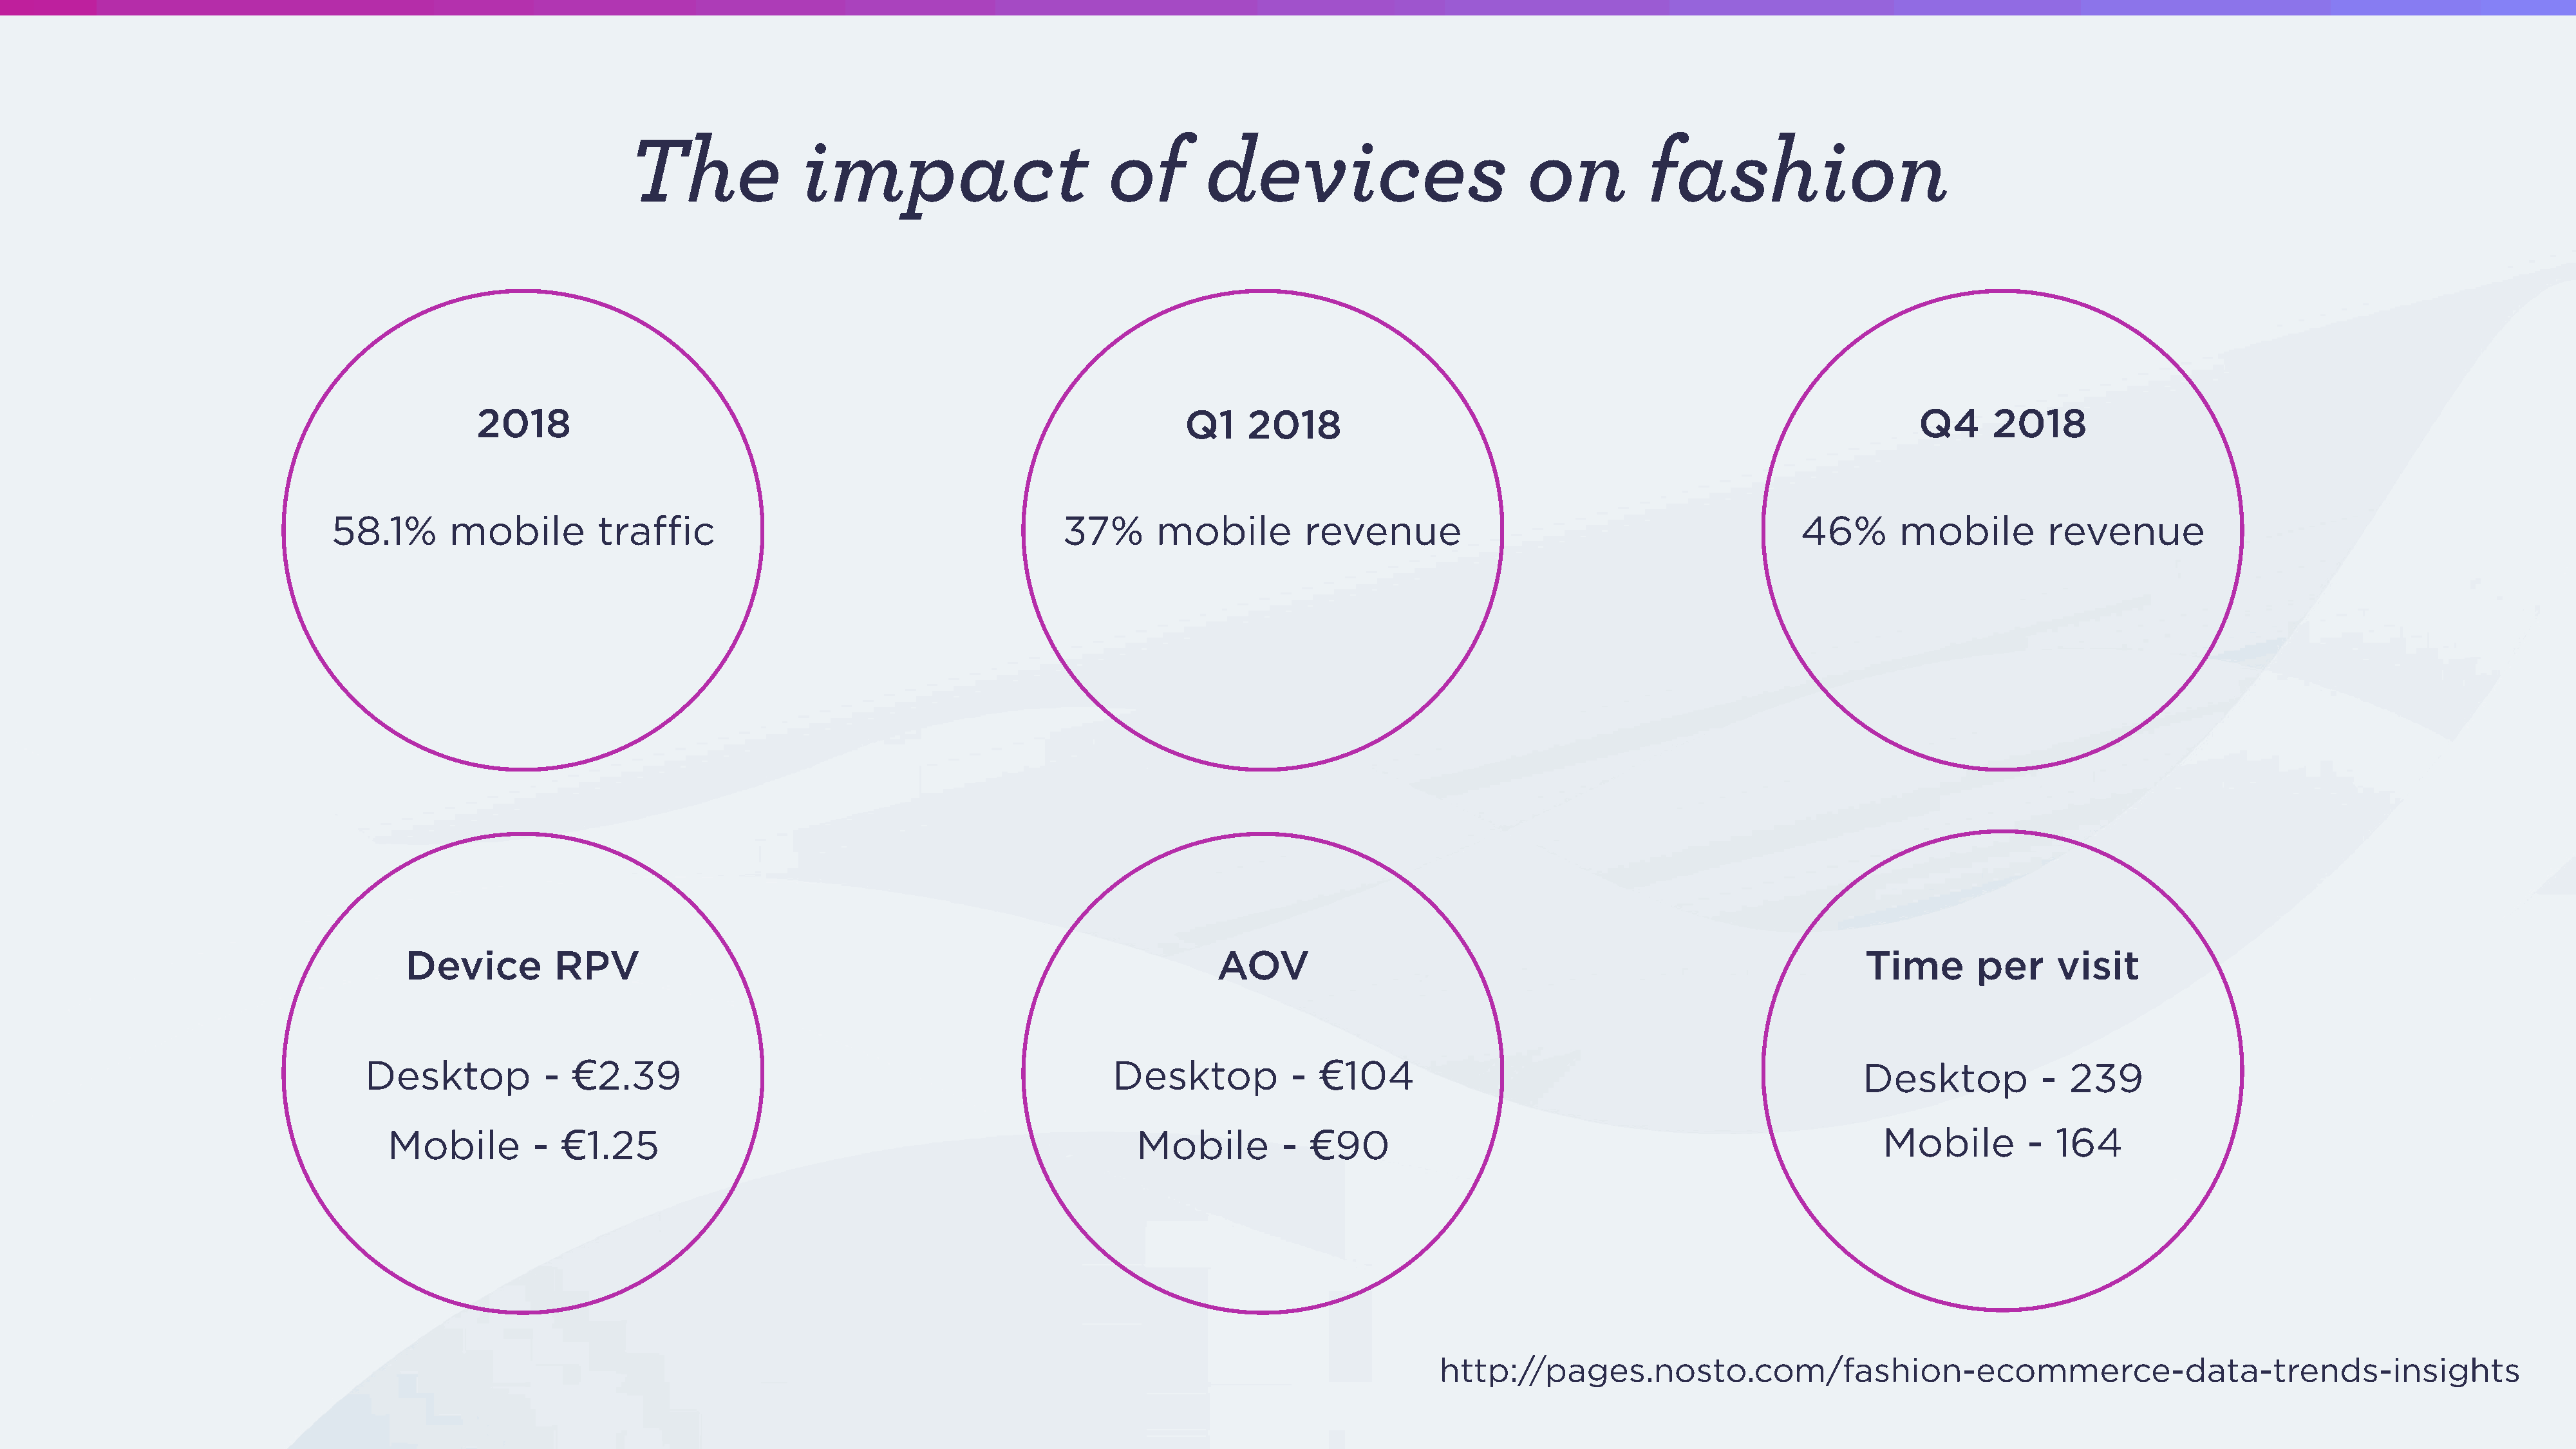
The              impact                          of        devices                          on          fashion
 2018                                                                     Q1    2018                                                                 Q4      2018
 58.1%       mobile         traffic                                         37%       mobile         revenue                                            46%       mobile         revenue
 Device         RPV                                                                 AOV                                                                Time       per     visit
 Desktop           -  €2.39                                                  Desktop            -  €104                                                   Desktop            -  239
 Mobile         -  €1.25                                                      Mobile         -  €90                                                        Mobile        -  164
 http://pages.nosto.com/fashion-ecommerce-data-trends-insights